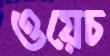
ওয়েচ